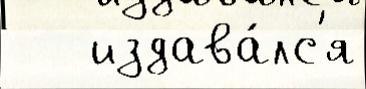
   издава́лс'я